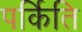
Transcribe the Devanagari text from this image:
पर्किति